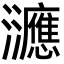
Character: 㶝